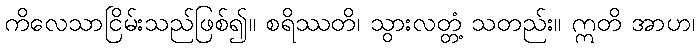
ကိလေသာငြိမ်းသည်ဖြစ်၍။ စရိဿတိ၊ သွားလတ္တံ့ သတည်း။ ဣတိ အာဟ၊